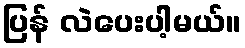
ပြန် လဲပေးပါ့မယ်။